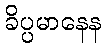
ခိပ္ပမာနေန